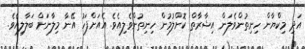
އަދި މިކްޔާން ހިނިތުންވެލަން އިޝާރާތް ކޮށްލުމުން ހިނިތުންވެލިއެވެ. އެއަށްފަހު އޭނާ މިލާނަށް ބަލާލިއެވެ.